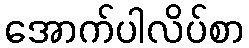
အောက်ပါလိပ်စာ